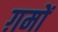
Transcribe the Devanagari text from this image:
ग़मों